Report on the bubonic plague in Bombay, 1896-1897
Year: 1896
Disease focus: Plague
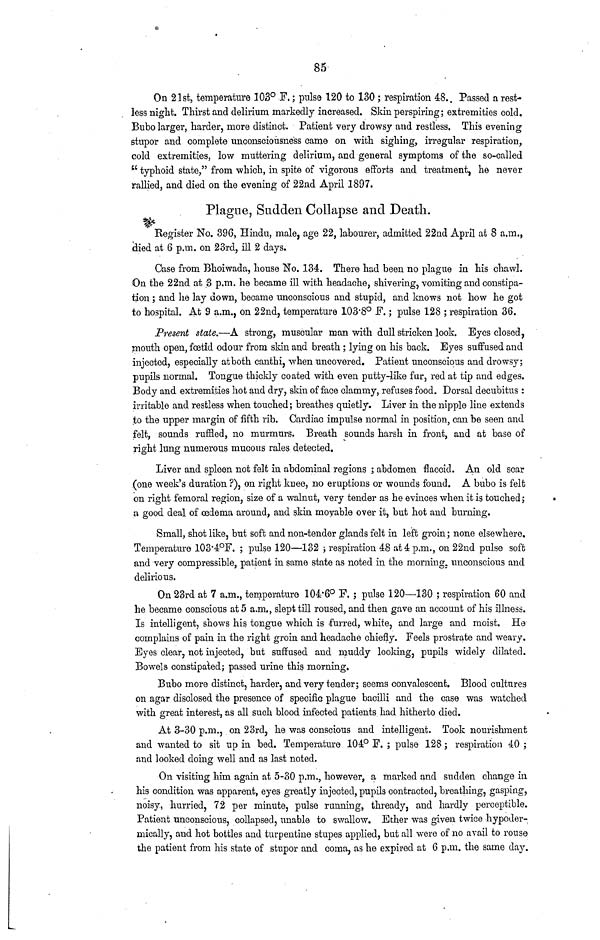
85
On 21st, temperature 303° F.; pulse 120 to 130 ; respiration 48. Passed a rest-
less night. Thirst and delirium markedly increased. Skin perspiring; extremities cold.
Bubo larger, harder, more distinct. Patient very drowsy and restless. This evening
stupor and complete unconsciousness came on with sighing, irregular respiration,
cold extremities, low muttering delirium, and general symptoms of the so-called
"typhoid state," from which, in spite of vigorous efforts and treatment, he never
rallied, and died on the evening of 22nd April 1897.
Plague, Sudden Collapse and Death.
Register No. 396, Hindu, male, age 22, labourer, admitted 22nd April at 8 a.m.,
died at 6 p.m. on 23rd, ill 2 days.
Case from Bhoiwada, house No. 134. There had been no plague in his chawl.
On the 22nd at 3 p.m. he became ill with headache, shivering, vomiting and constipa-
tion ; and he lay down, became unconscious and stupid, and knows not how he got
to hospital. At 9 a.m., on 22nd, temperature 103.8° F. ; pulse 128 ; respiration 36.
Present state.—A strong, muscular man with dull stricken look. Eyes closed,
mouth open, fœtid odour from skin and breath ; lying on his back. Eyes suffused and
injected, especially atboth canthi, when uncovered. Patient unconscious and drowsy;
pupils normal. Tongue thickly coated with even putty-like fur, red at tip and edges.
Body and extremities hot and dry, skin of face clammy, refuses food. Dorsal decubitus :
irritable and restless when touched ; breathes quietly. Liver in the nipple line extends
to the upper margin of fifth rib. Cardiac impulse normal in position, can be seen and
felt, sounds ruffled, no murmurs. Breath sounds harsh in front, and at base of
right lung numerous mucous rales detected.
Liver and spleen not felt in abdominal regions ; abdomen flaccid. An old scar
(one week's duration ?), on right knee, no eruptions or wounds found. A bubo is felt
on right femoral region, size of a walnut, very tender as he evinces when it is touched ;
a good deal of œdema around, and skin movable over it, but hot and burning.
Small, shot like, but soft and non-tender glands felt in left groin ; none elsewhere.
Temperature 103.4°F. ; pulse 120—132 ; respiration 48 at 4 p.m., on 22nd pulse soft
and very compressible, patient in same state as noted in the morning, unconscious and
delirious.
On 23rd at 7 a.m., temperature 104.6° F. ; pulse 120—130 ; respiration 60 and
he became conscious at 5 a.m., slept till roused, and then gave an account of his illness.
Is intelligent, shows his tongue which is furred, white, and large and moist. He
complains of pain in the right groin and headache chiefly. Feels prostrate and weary.
Eyes clear, not injected, but suffused and muddy looking, pupils widely dilated.
Bowels constipated; passed urine this morning.
Bubo more distinct, harder, and very tender; seems convalescent. Blood cultures
on agar disclosed the presence of specific plague bacilli and the case was watched
with great interest, as all such blood infected patients had hitherto died.
At 3-30 p.m., on 23rd, he was conscious and intelligent. Took nourishment
and wanted to sit up in bed. Temperature 104° F. ; pulse 128 ; respiration 40 ;
and looked doing well and as last noted.
On visiting him again at 5-30 p.m., however, a marked and sudden change in
his condition was apparent, eyes greatly injected, pupils contracted, breathing, gasping,
noisy, hurried, 72 per minute, pulse running, thready, and hardly perceptible.
Patient unconscious, collapsed, unable to swallow. Ether was given twice hypoder-
mically, and hot bottles and turpentine stupes applied, but all were of no avail to rouse
the patient from his state of stupor and coma, as he expired at 6 p.m. the same day.